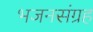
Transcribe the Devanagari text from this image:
भजनसंग्रह